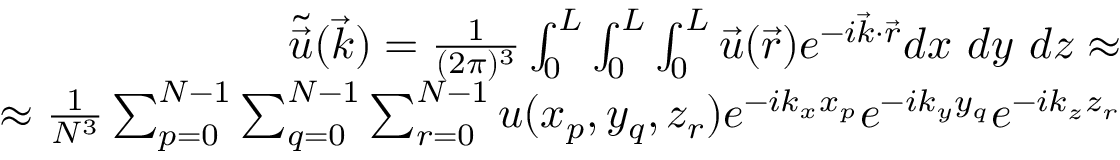
\begin{array} { r } { \tilde { \Vec { u } } ( \Vec { k } ) = \frac { 1 } { ( 2 \pi ) ^ { 3 } } \int _ { 0 } ^ { L } \int _ { 0 } ^ { L } \int _ { 0 } ^ { L } \Vec { u } ( \Vec { r } ) e ^ { - i \Vec { k } \cdot \Vec { r } } d x ~ d y ~ d z \approx } \\ { \approx \frac { 1 } { N ^ { 3 } } \sum _ { p = 0 } ^ { N - 1 } \sum _ { q = 0 } ^ { N - 1 } \sum _ { r = 0 } ^ { N - 1 } u ( x _ { p } , y _ { q } , z _ { r } ) e ^ { - i k _ { x } x _ { p } } e ^ { - i k _ { y } y _ { q } } e ^ { - i k _ { z } z _ { r } } } \end{array}